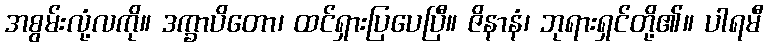
အစွမ်းလုံ့လကို။ ဒက္ခာပိတော၊ ထင်ရှားပြပေပြီ။ ဇိနာနံ၊ ဘုရားရှင်တို့၏။ ပါရမီ